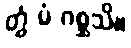
တွံ မံ ဂစ္ဆသိ။